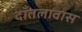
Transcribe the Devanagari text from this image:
दाँतलावास